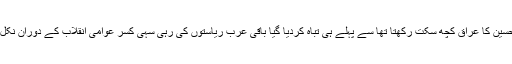
صادم حسین کا عراق کچھ سکت رکھتا تھا سے پہلے ہی تباہ کردیا گیا باقی عرب ریاستوں کی رہی سہی کسر عوامی انقلاب کے دوران نکل چکی ۔